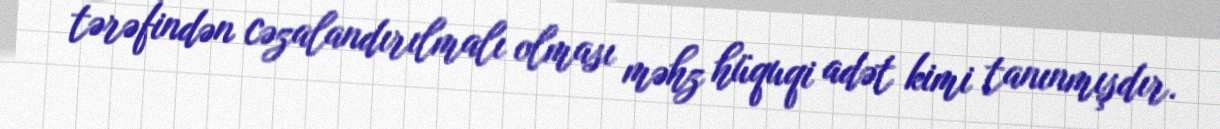
tərəfindən cəzalandırılmalı olması məhz hüquqi adət kimi tanınmışdır.